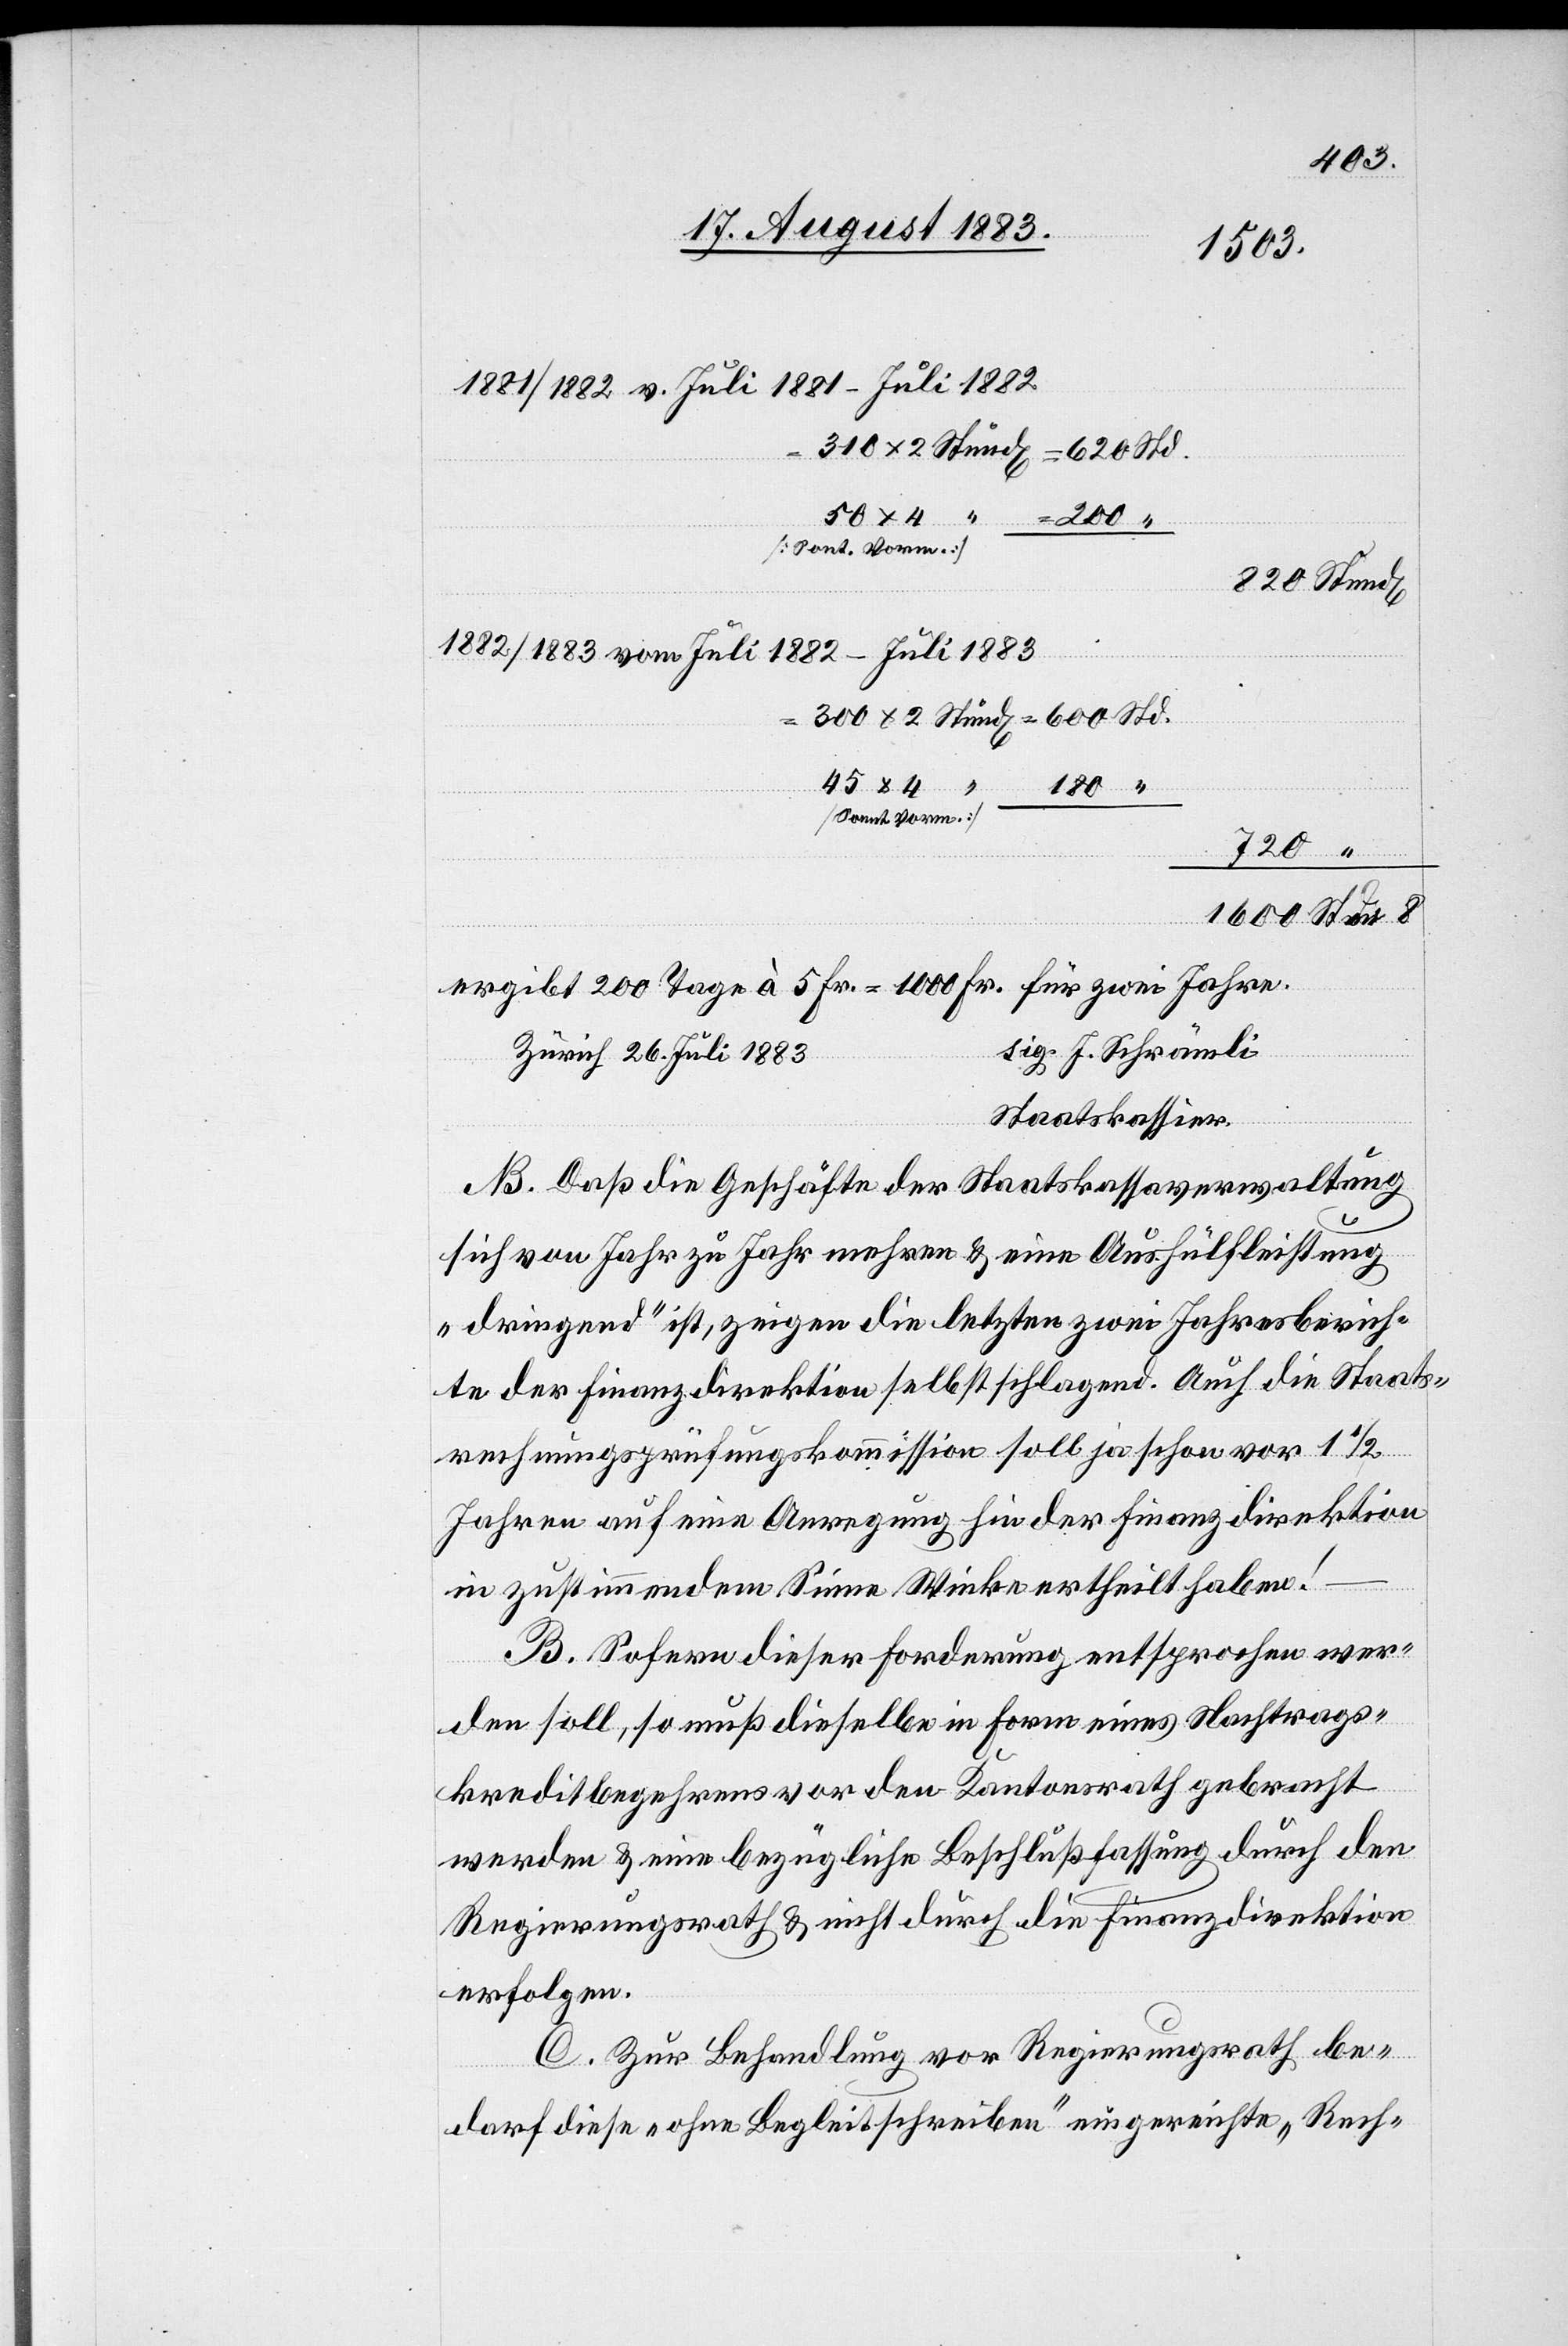
1600
1881/1881 v. Juli 1881–Juli 1882
50 x 4
300 x
1882/1883 von Juli 1882–Juli 1883
45 x 4
180
[Sonnt. Vorm]
720
ergibt 200 Tage à 5 Fr. = 1000 Fr. für zwei Jahre.
sig. J. Schrämli
Zürich 26. Juli 1883
Staatskassier.
N¬
B. Daß die Geschäfte der Staatskassaverwaltung
sich von Jahre zu Jahre mehren & eine Aushülfleistung
„dringend“ ist, zeigen die letzten zwei Jahresberich¬
te der Finanzdirektion selbst schlagend. Auch die Staats¬
rechungsprüfungskommission soll ja schon vor 1 1/2
Jahren auf eine Anregung hin der Finanzdirektion
in zustimmendem Sinne Winke ertheilt haben!
B. Sofern dieser Forderung entsprochen wer¬
den soll, so muß dieselbe in Form eines Nachtrags¬
kreditbegehrens vor den Kantonsrath gebracht
werden & eine bezügliche Schlußfassung durch den
Regierungsrath & nicht durch die Finanzdirektion
erfolgen.
C. Zur Behandlung vor Regierungsrath be¬
darf diese „ohne Begleitschreiben“ eingereichte „Rech-